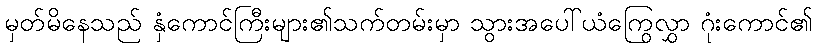
မှတ်မိနေသည် နှံကောင်ကြီးများ၏သက်တမ်းမှာ သွားအပေါ်ယံကြွေလွှာ ဂုံးကောင်၏